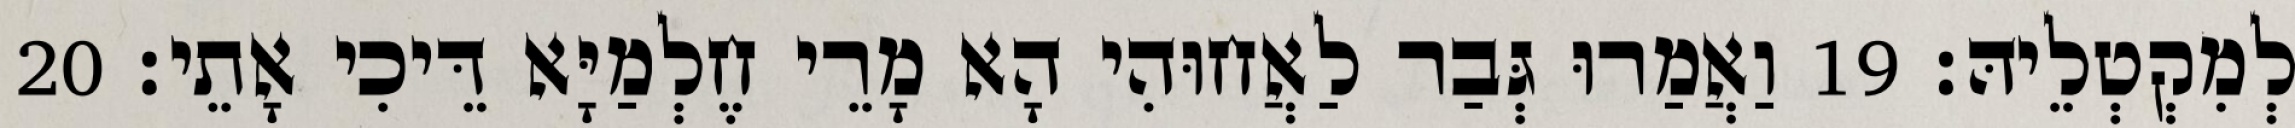
לְמִקְטְלֵיהּ׃ 19 וַאֲמַרוּ גְּבַר לַאֲחוּהִי הָא מָרֵי חֶלְמַיָּא דֵּיכִי אָתֵי׃ 20